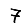
Digit: 7